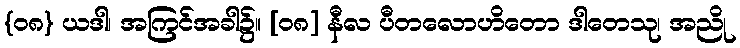
{၀၈} ယဒါ၊ အကြင်အခါ၌။ [၀၈] နီလ ပီတလောဟိတော ဒါတေသု၊ အညို